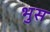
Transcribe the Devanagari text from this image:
भुस